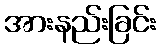
အားနည်းခြင်း